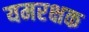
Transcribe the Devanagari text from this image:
यमरक्षक